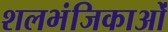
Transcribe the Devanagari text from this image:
शलभंजिकाओं